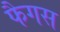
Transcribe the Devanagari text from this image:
फैगस